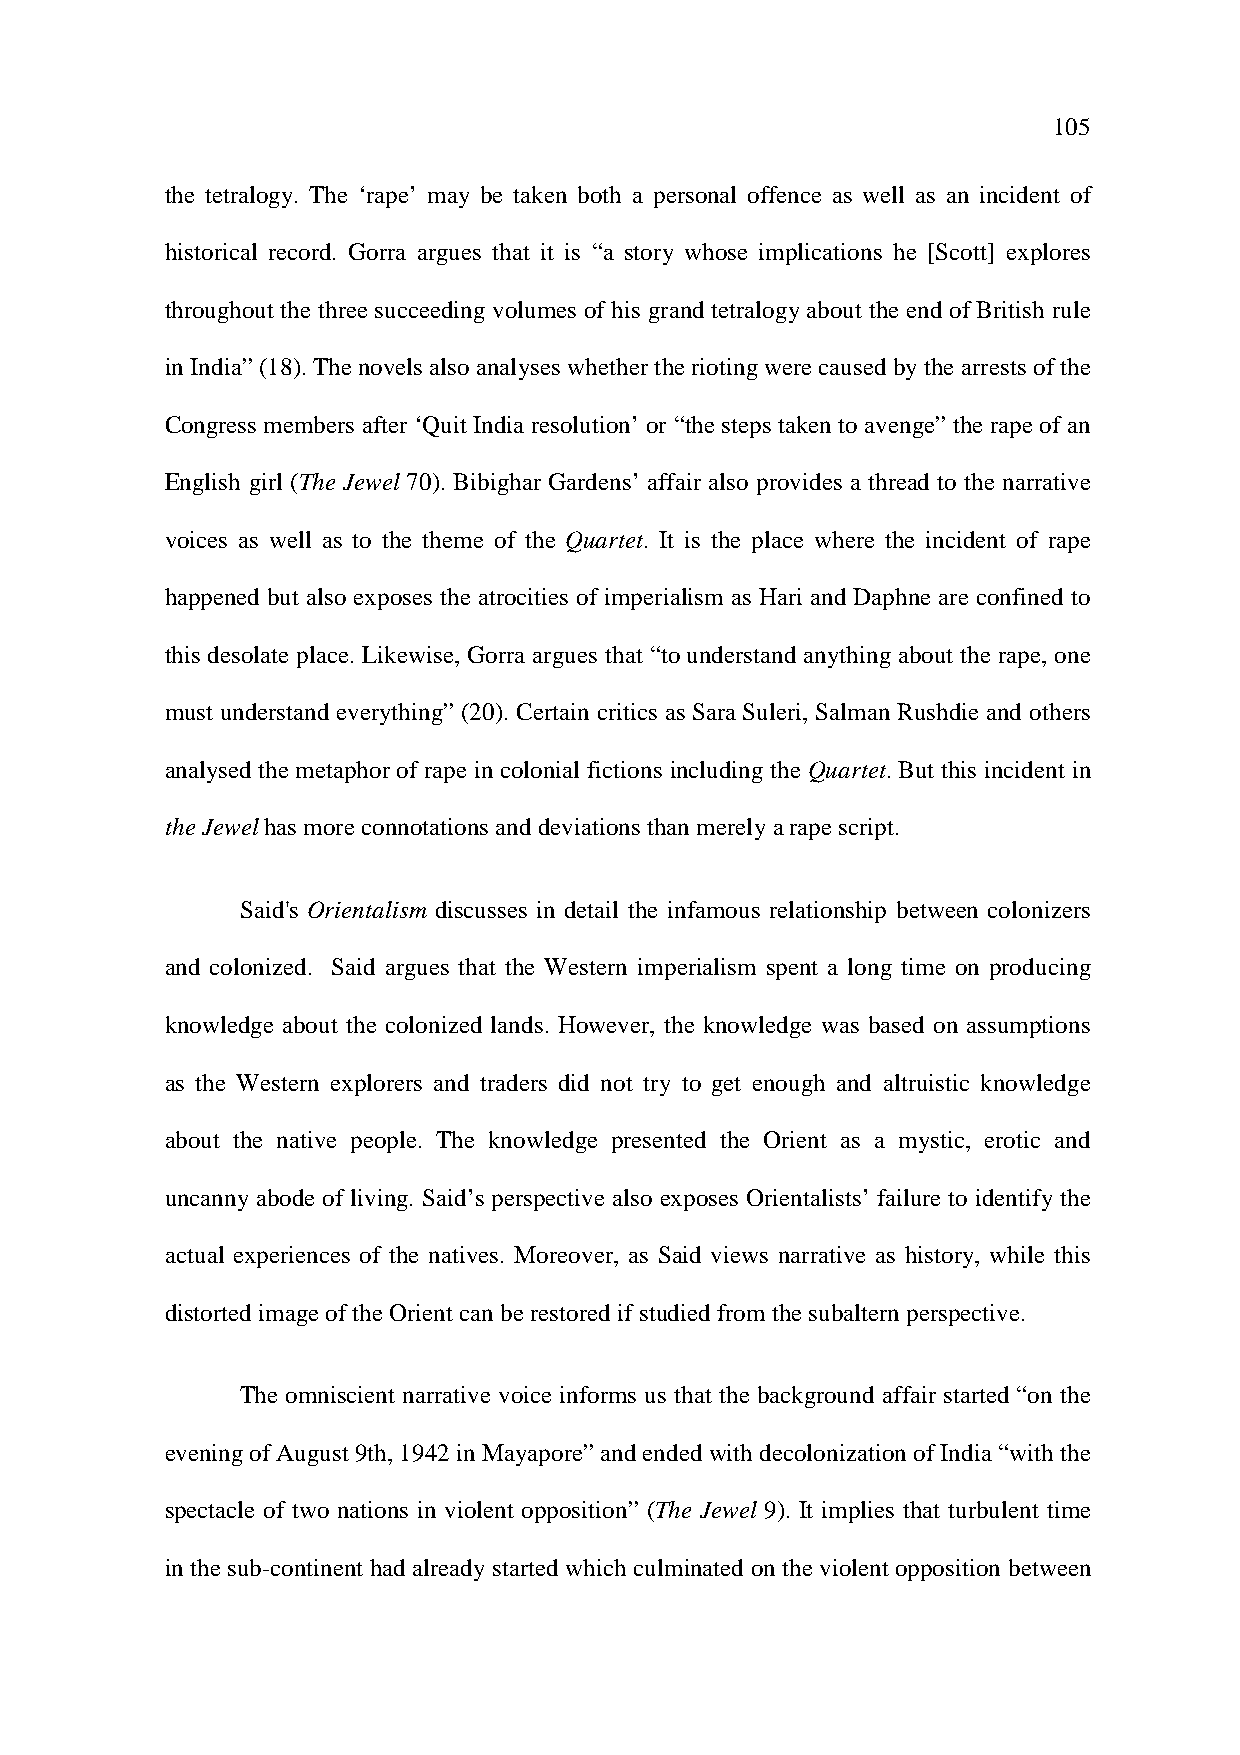
105
 the tetralogy. The ‘rape’ may be taken both a personal offence as well as an incident of
 historical record. Gorra argues that it is “a story whose implications he [Scott] explores
 throughout the three succeeding volumes of his grand tetralogy about the end of British rule
 in India” (18). The novels also analyses whether the rioting were caused by the arrests of the
 Congress members after ‘Quit India resolution’ or “the steps taken to avenge” the rape of an
 English girl (The Jewel 70). Bibighar Gardens’ affair also provides a thread to the narrative
 voices as well as to the theme of the Quartet. It is the place where the incident of rape
 happened but also exposes the atrocities of imperialism as Hari and Daphne are confined to
 this desolate place. Likewise, Gorra argues that “to understand anything about the rape, one
 must understand everything” (20). Certain critics as Sara Suleri, Salman Rushdie and others
 analysed the metaphor of rape in colonial fictions including the Quartet. But this incident in
 the Jewel has more connotations and deviations than merely a rape script.
 Said's Orientalism discusses in detail the infamous relationship between colonizers
 and colonized. Said argues that the Western imperialism spent a long time on producing
 knowledge about the colonized lands. However, the knowledge was based on assumptions
 as the Western explorers and traders did not try to get enough and altruistic knowledge
 about the native people. The knowledge presented the Orient as a mystic, erotic and
 uncanny abode of living. Said’s perspective also e xposes Orientalists’ failure to identify the
 actual experiences of the natives. Moreover, as Said views narrative as history, while this
 distorted image of the Orient can be restored if studied from the subaltern perspective.
 The omniscient narrative voice informs us that the background affair started “on the
 evening of August 9th, 1942 in Mayapore” and ended with decolonization of India “with the
 spectacle of two nations in violent opposition” (The Jewel 9). It implies that turbulent time
 in the sub-continent had already started which culminated on the violent opposition between